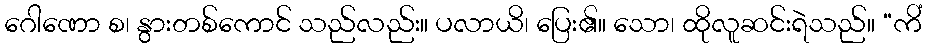
ဂေါဏော စ၊ နွားတစ်ကောင် သည်လည်း။ ပလာယိ၊ ပြေး၏။ သော၊ ထိုလူဆင်းရဲသည်။ “ကိံ